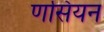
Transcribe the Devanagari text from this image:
णसियन